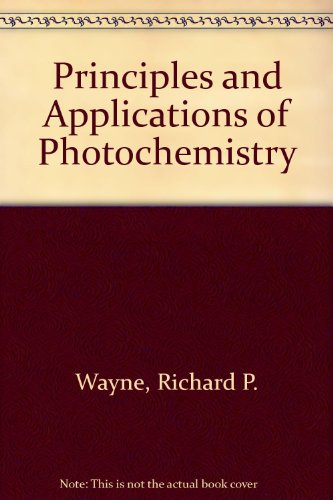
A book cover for Principles and Applications of Photochemistry; Richard P. Wayne; Science & Math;